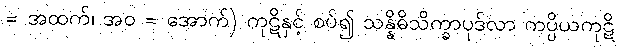
= အထက်၊ အဝ = အောက်) ကုဋိနှင့် စပ်၍ သန္နိဓိသိက္ခာပုဒ်လာ ကပ္ပိယကုဋိ